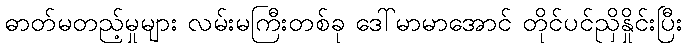
ဓာတ်မတည့်မှုများ လမ်းမကြီးတစ်ခု ဒေါ်မာမာအောင် တိုင်ပင်ညှိနှိုင်းပြီး